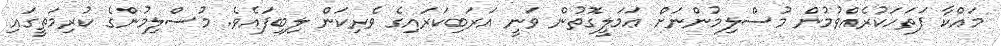
މައްކާ ފަތަހަކުރެއްވުމުން މުސްލިމުންނަށް ޢަމަލީގޮތުން ވަނީ އަރަބިކަރައިގެ ވެރިކަން ލިބިފައެވެ. މުސްލިމުންގެ ކުރިމަތީގައި